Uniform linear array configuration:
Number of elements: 48
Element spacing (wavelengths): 1
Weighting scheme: hamming
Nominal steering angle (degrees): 60
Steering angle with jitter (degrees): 61.693
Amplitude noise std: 0.05
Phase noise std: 0.05

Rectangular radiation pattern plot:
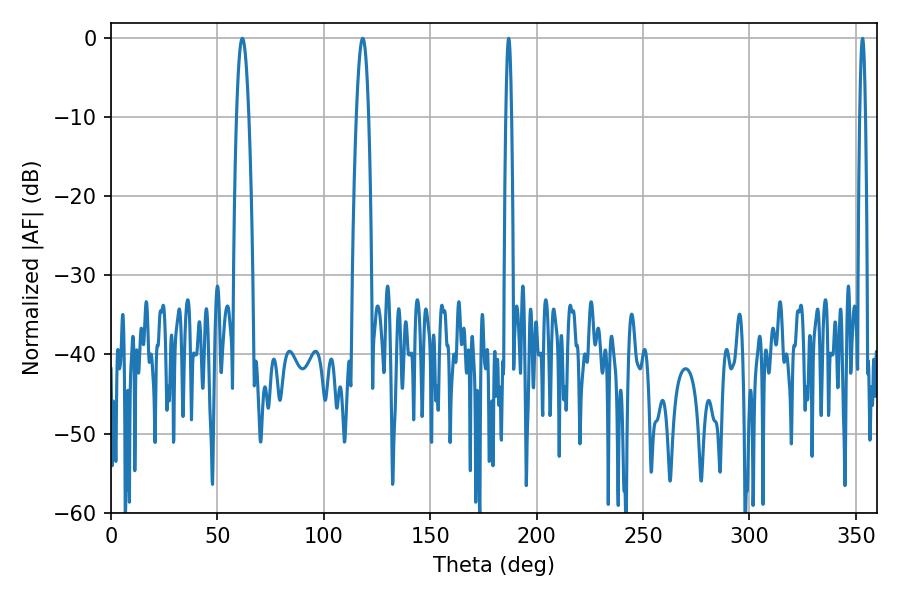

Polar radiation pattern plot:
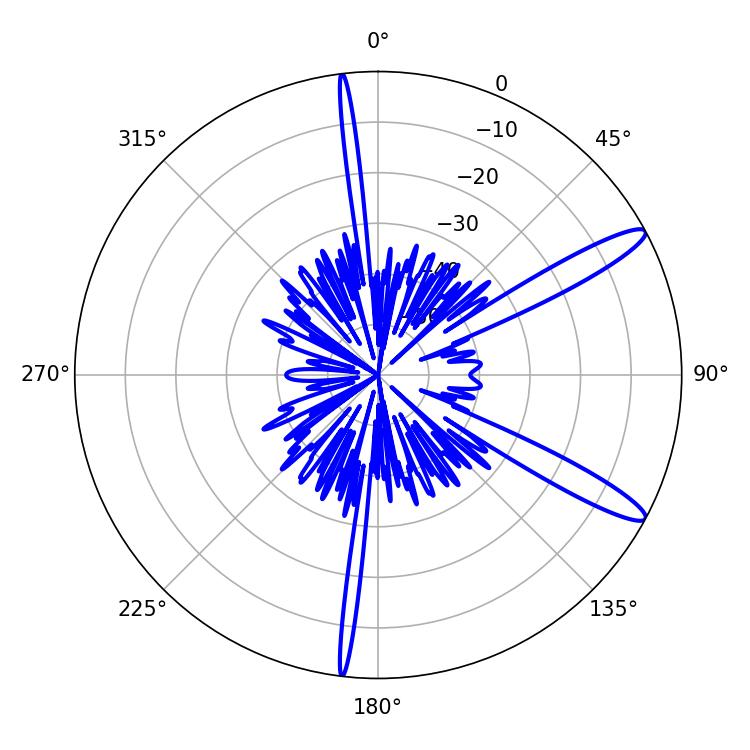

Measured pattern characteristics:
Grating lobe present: TRUE
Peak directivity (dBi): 13.02
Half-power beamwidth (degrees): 3.24
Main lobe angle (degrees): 61.74